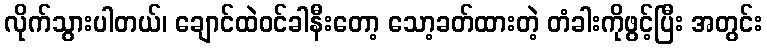
လိုက်သွားပါတယ်၊ ချောင်ထဲဝင်ခါနီးတော့ သော့ခတ်ထားတဲ့ တံခါးကိုဖွင့်ပြီး အတွင်း